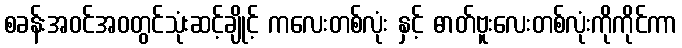
စခန်းအဝင်အဝတွင်သုံးဆင့်ချိုင့် ကလေးတစ်လုံး နှင့် ဓာတ်ဗူးလေးတစ်လုံးကိုကိုင်ကာ